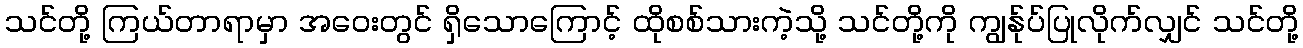
သင်တို့ ကြယ်တာရာမှာ အဝေးတွင် ရှိသောကြောင့် ထိုစစ်သားကဲ့သို့ သင်တို့ကို ကျွန်ုပ်ပြုလိုက်လျှင် သင်တို့